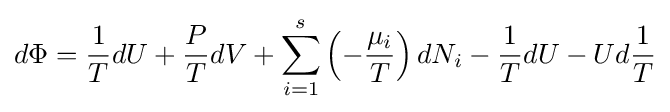
d\Phi ={\frac {1}{T}}dU+{\frac {P}{T}}dV+\sum _{i=1}^{s}\left(-{\frac {\mu _{i}}{T}}\right)dN_{i}-{\frac {1}{T}}dU-Ud{\frac {1}{T}}